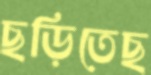
ছড়িতেছ